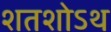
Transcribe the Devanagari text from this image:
शतशोऽथ